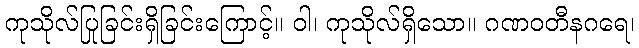
ကုသိုလ်ပြုခြင်းရှိခြင်းကြောင့်။ ဝါ၊ ကုသိုလ်ရှိသော။ ဂဏဝတီနဂရေ၊